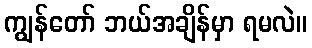
ကျွန်တော် ဘယ်အချိန်မှာ ရမလဲ။